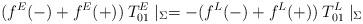
LaTeX: \begin{align*}(f^E(-) + f^E(+))\:T_{01}^E\mid_{\Sigma} = - (f^L(-) + f^L(+))\:T_{01}^L\mid_{\Sigma}\end{align*}